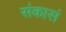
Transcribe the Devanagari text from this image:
संकासं